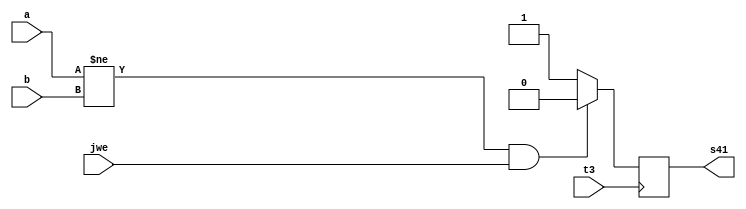
`timescale 1ns / 1ps

module jcond(
    input t3,
    input jwe,
    input [31:0] a,
    input [31:0] b,
    output  reg s41
    );
	always @ (posedge t3)
	begin
        if (a!=b & jwe)
            s41=0;
        else
            s41=1;
    end
endmodule